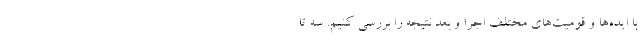
با ایده‌ها و قومیت‌های مختلف اجرا و بعد نتیجه را بررسی کنیم. سه تا